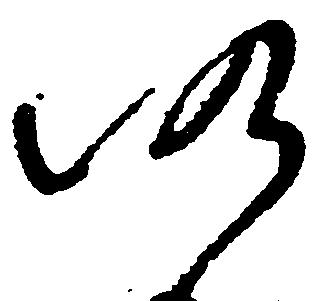
仍